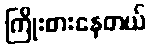
ကြိုးစားနေတယ်